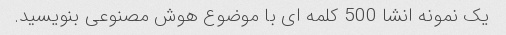
یک نمونه انشا 500 کلمه ای با موضوع هوش مصنوعی بنویسید.